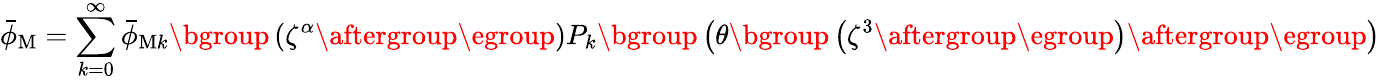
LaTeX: \bar{\phi}_{\mathrm{M}}=\sum_{k=0}^{\infty}\bar{\phi}_{\mathrm{M}k}\mathopen{}\mathclose\bgroup\left(\zeta^{\alpha}\aftergroup\egroup\right)P_{k}\mathopen{}\mathclose\bgroup\left(\theta\mathopen{}\mathclose\bgroup\left(\zeta^{3}\aftergroup\egroup\right)\aftergroup\egroup\right)